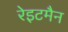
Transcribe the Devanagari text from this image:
रेइटमैन